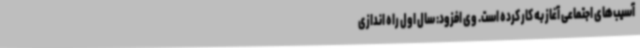
آسیب‌های اجتماعی آغاز به کار کرده است. وی افزود: سال اول راه اندازی